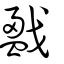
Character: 戤